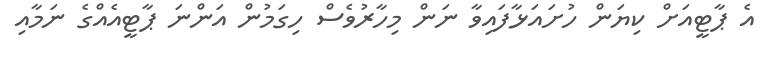
އެ ޕާޓީއަށް ކިޔަން ހުށައަޅާފައިވާ ނަން މިހާރުވެސް ހިގަމުން އަންނަ ޕާޓީއެއްގެ ނަމާއި